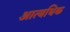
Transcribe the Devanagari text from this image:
आत्यधिक